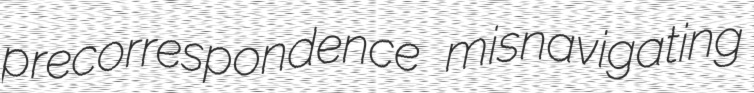
precorrespondence misnavigating